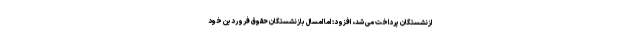
ازنشستگان پرداخت می شد، افزود: اما امسال بازنشستگان حقوق فروردین خود